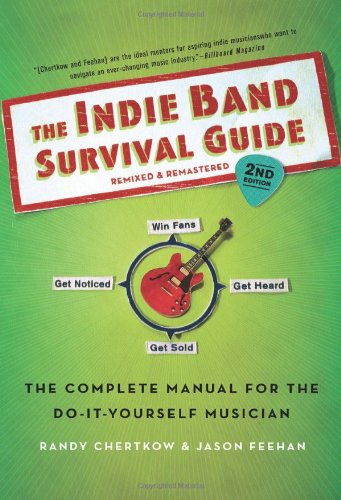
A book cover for The Indie Band Survival Guide, 2nd Ed.: The Complete Manual for the Do-it-Yourself Musician; Randy Chertkow; Arts & Photography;